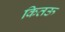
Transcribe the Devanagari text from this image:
कितऊ